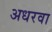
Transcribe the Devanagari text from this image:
अधरवा